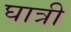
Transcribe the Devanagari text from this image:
घात्री